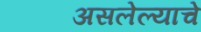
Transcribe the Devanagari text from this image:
असलेल्याचे